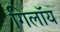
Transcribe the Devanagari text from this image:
गिलॉय